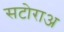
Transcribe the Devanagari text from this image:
सटोराअ